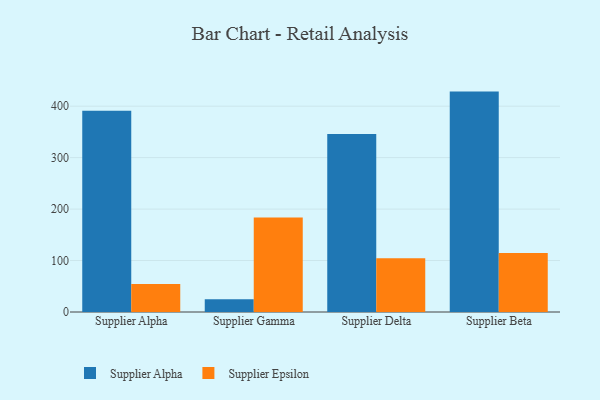
{"axis": {"x": "Supplier", "y": "Churn Rate (%)"}, "legend": ["Supplier Alpha", "Supplier Epsilon"], "data": [{"x": "Supplier Alpha", "y": 391.2, "type": "Supplier Alpha"}, {"x": "Supplier Alpha", "y": 54.2, "type": "Supplier Epsilon"}, {"x": "Supplier Gamma", "y": 24.6, "type": "Supplier Alpha"}, {"x": "Supplier Gamma", "y": 183.4, "type": "Supplier Epsilon"}, {"x": "Supplier Delta", "y": 346.0, "type": "Supplier Alpha"}, {"x": "Supplier Delta", "y": 104.4, "type": "Supplier Epsilon"}, {"x": "Supplier Beta", "y": 428.3, "type": "Supplier Alpha"}, {"x": "Supplier Beta", "y": 114.7, "type": "Supplier Epsilon"}]}